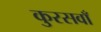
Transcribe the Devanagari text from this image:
कुरसवाँ